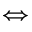
\Longleftrightarrow